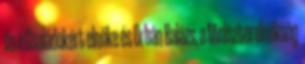
és a Családokért elnöke és Orbán Balázs, a Miniszterelnökség